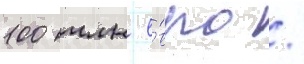
100 млн е́вро /